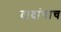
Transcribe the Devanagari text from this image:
दादांचाच